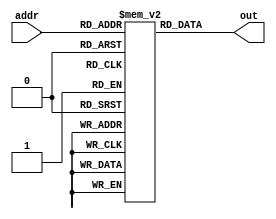
module mem(addr,out);
    input [3:0] addr;
    output [7:0] out;
    reg [7:0] memory[15:0];

    reg [7:0] buff;
    always @(addr) begin
      buff = memory[addr];
    end
    assign out = buff;

endmodule